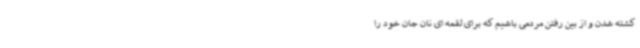
کشته شدن و از بین رفتن مردمی باشیم که برای لقمه ای نان جان خود را